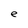
Character: e